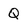
Character: Q